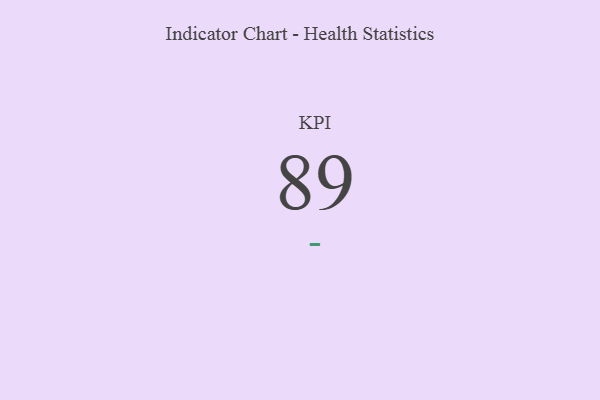
{"axis": {"x": "KPI", "y": "Value"}, "legend": [""], "data": [{"x": "KPI", "y": 89, "type": ""}]}